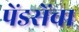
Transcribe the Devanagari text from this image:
पेंडसेंचा